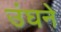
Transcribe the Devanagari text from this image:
उंघने